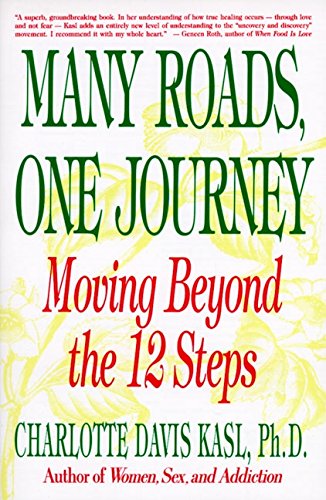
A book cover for Many Roads One Journey: Moving Beyond the 12 Steps; Charlotte Davis Kasl; Self-Help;